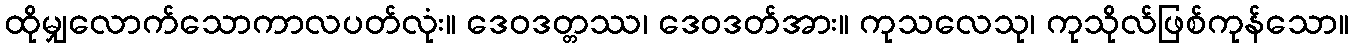
ထိုမျှလောက်သောကာလပတ်လုံး။ ဒေဝဒတ္တဿ၊ ဒေဝဒတ်အား။ ကုသလေသု၊ ကုသိုလ်ဖြစ်ကုန်သော။